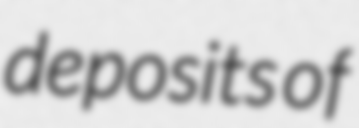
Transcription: deposits of